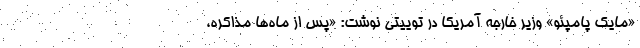
«مایک پامپئو» وزیر خارجه آمریکا در توییتی نوشت: «پس از ماه‌ها مذاکره،